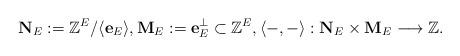
LaTeX: \begin{align*}\mathbf{N}_E:=\mathbb{Z}^E/ \langle\mathbf{e}_E\rangle, \mathbf{M}_E:=\mathbf{e}_E^\perp \subset \mathbb{Z}^E, \langle -,- \rangle:\mathbf{N}_E \times \mathbf{M}_E \longrightarrow \mathbb{Z}.\end{align*}